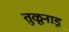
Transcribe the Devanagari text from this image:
तुळूनाडू